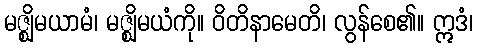
မဇ္ဈိမယာမံ၊ မဇ္ဈိမယံကို။ ဝိတိနာမေတိ၊ လွန်စေ၏။ ဣဒံ၊